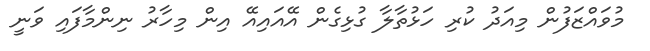
މުވައްޒަފުން މިއަދު ކުރި ހަޅުތާލާ ގުޅިގެން އޭއައިއޭ އިން މިހާރު ނިންމާފައި ވަނީ